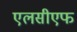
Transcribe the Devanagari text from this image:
एलसीएफ